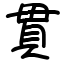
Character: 貫